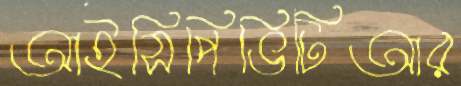
আইসিপিভিটিআর